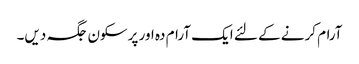
آرام کرنے کے لئے ایک آرام دہ اور پرسکون جگہ دیں۔